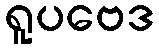
ရူပဗေဒ